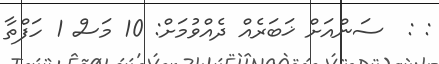
: :  ސަންއަށް ޚަބަރެއް ދެއްވުމަށް: 10 މަސް 1 ހަފްތާ